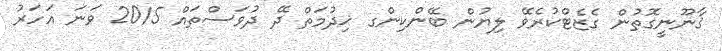
ޤާނޫނީގޮތުން ގެޒެޓްކުރެވޭ ލިޔުން ބޭންކިންގ ޚިދުމަތް ދޭ ދުވަސްތައް 2015 ވަނަ އަހަރު